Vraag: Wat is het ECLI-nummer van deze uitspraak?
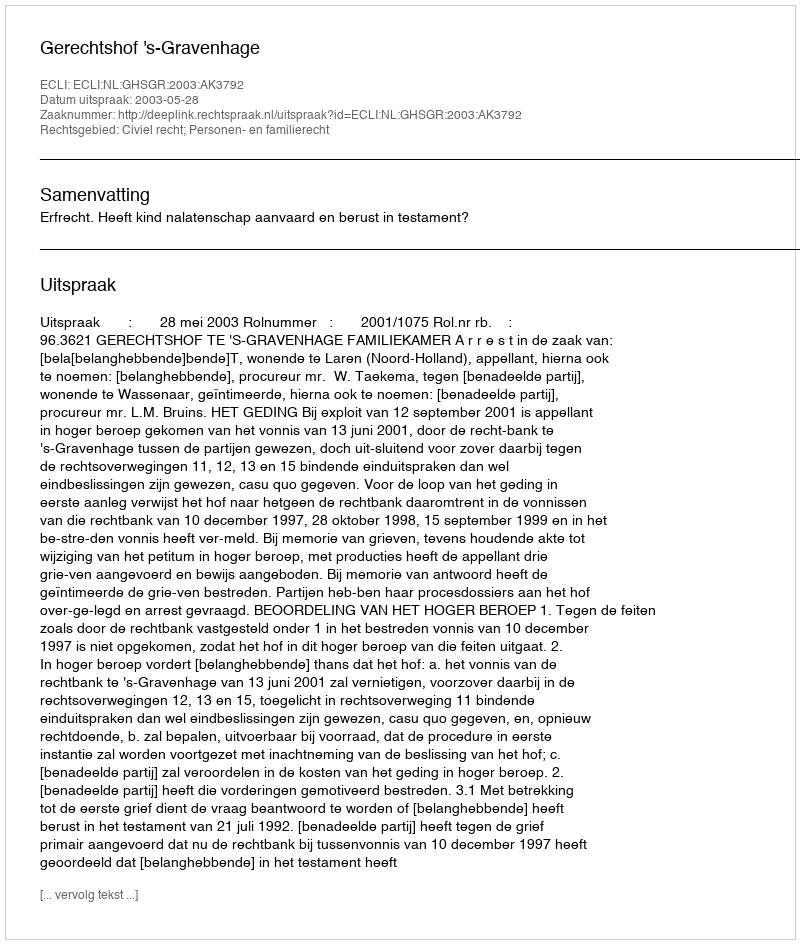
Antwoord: ECLI:NL:GHSGR:2003:AK3792